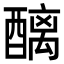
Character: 醨